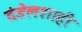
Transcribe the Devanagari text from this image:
दंडेलशाही